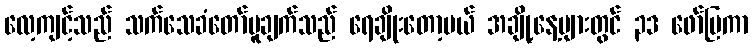
လေ့ကျင့်သည် သက်သေခံတော်မူချက်သည် ရေချိုးတော့မယ် အချို့နေ့များတွင် ၃ဒ ဖော်ပြကာ